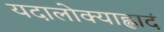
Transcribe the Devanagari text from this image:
यदालोक्याह्लादं